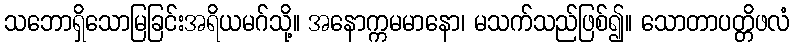
သဘောရှိသောမြခြင်းအရိယမဂ်သို့။ အနောက္ကမမာနော၊ မသက်သည်ဖြစ်၍။ သောတာပတ္တိဖလံ